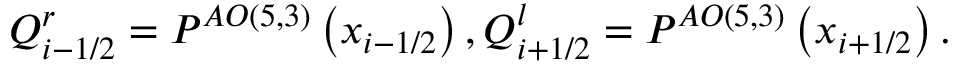
Q _ { i - 1 / 2 } ^ { r } = { { P } ^ { A O \left( 5 , 3 \right) } } \left( { { x } _ { i - 1 / 2 } } \right) , Q _ { i + 1 / 2 } ^ { l } = { { P } ^ { A O \left( 5 , 3 \right) } } \left( { { x } _ { i + 1 / 2 } } \right) .